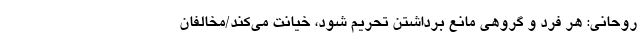
روحانی: هر فرد و گروهی مانع برداشتن تحریم شود، خیانت می‌کند/مخالفان